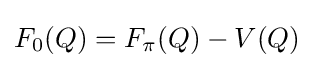
F_{0}(Q)=F_{\pi }(Q)-V(Q)